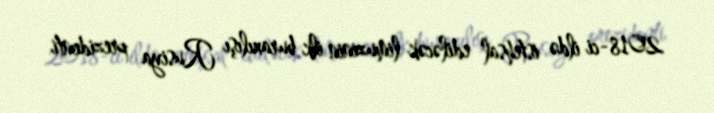
2018-ci ildə istehsal ediləcək limuzinin ilk buraxılışı Rusiya prezidenti